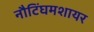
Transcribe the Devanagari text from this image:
नौटिंघमशायर